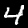
Label: 4